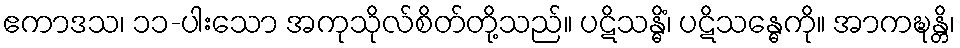
ဧကာဒသ၊ ၁၁-ပါးသော အကုသိုလ်စိတ်တို့သည်။ ပဋိသန္ဓိံ၊ ပဋိသန္ဓေကို။ အာကဍ္ဎန္တိ၊